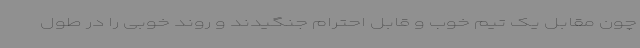
چون‌ مقابل یک تیم خوب و قابل احترام جنگیدند و روند خوبی را در طول